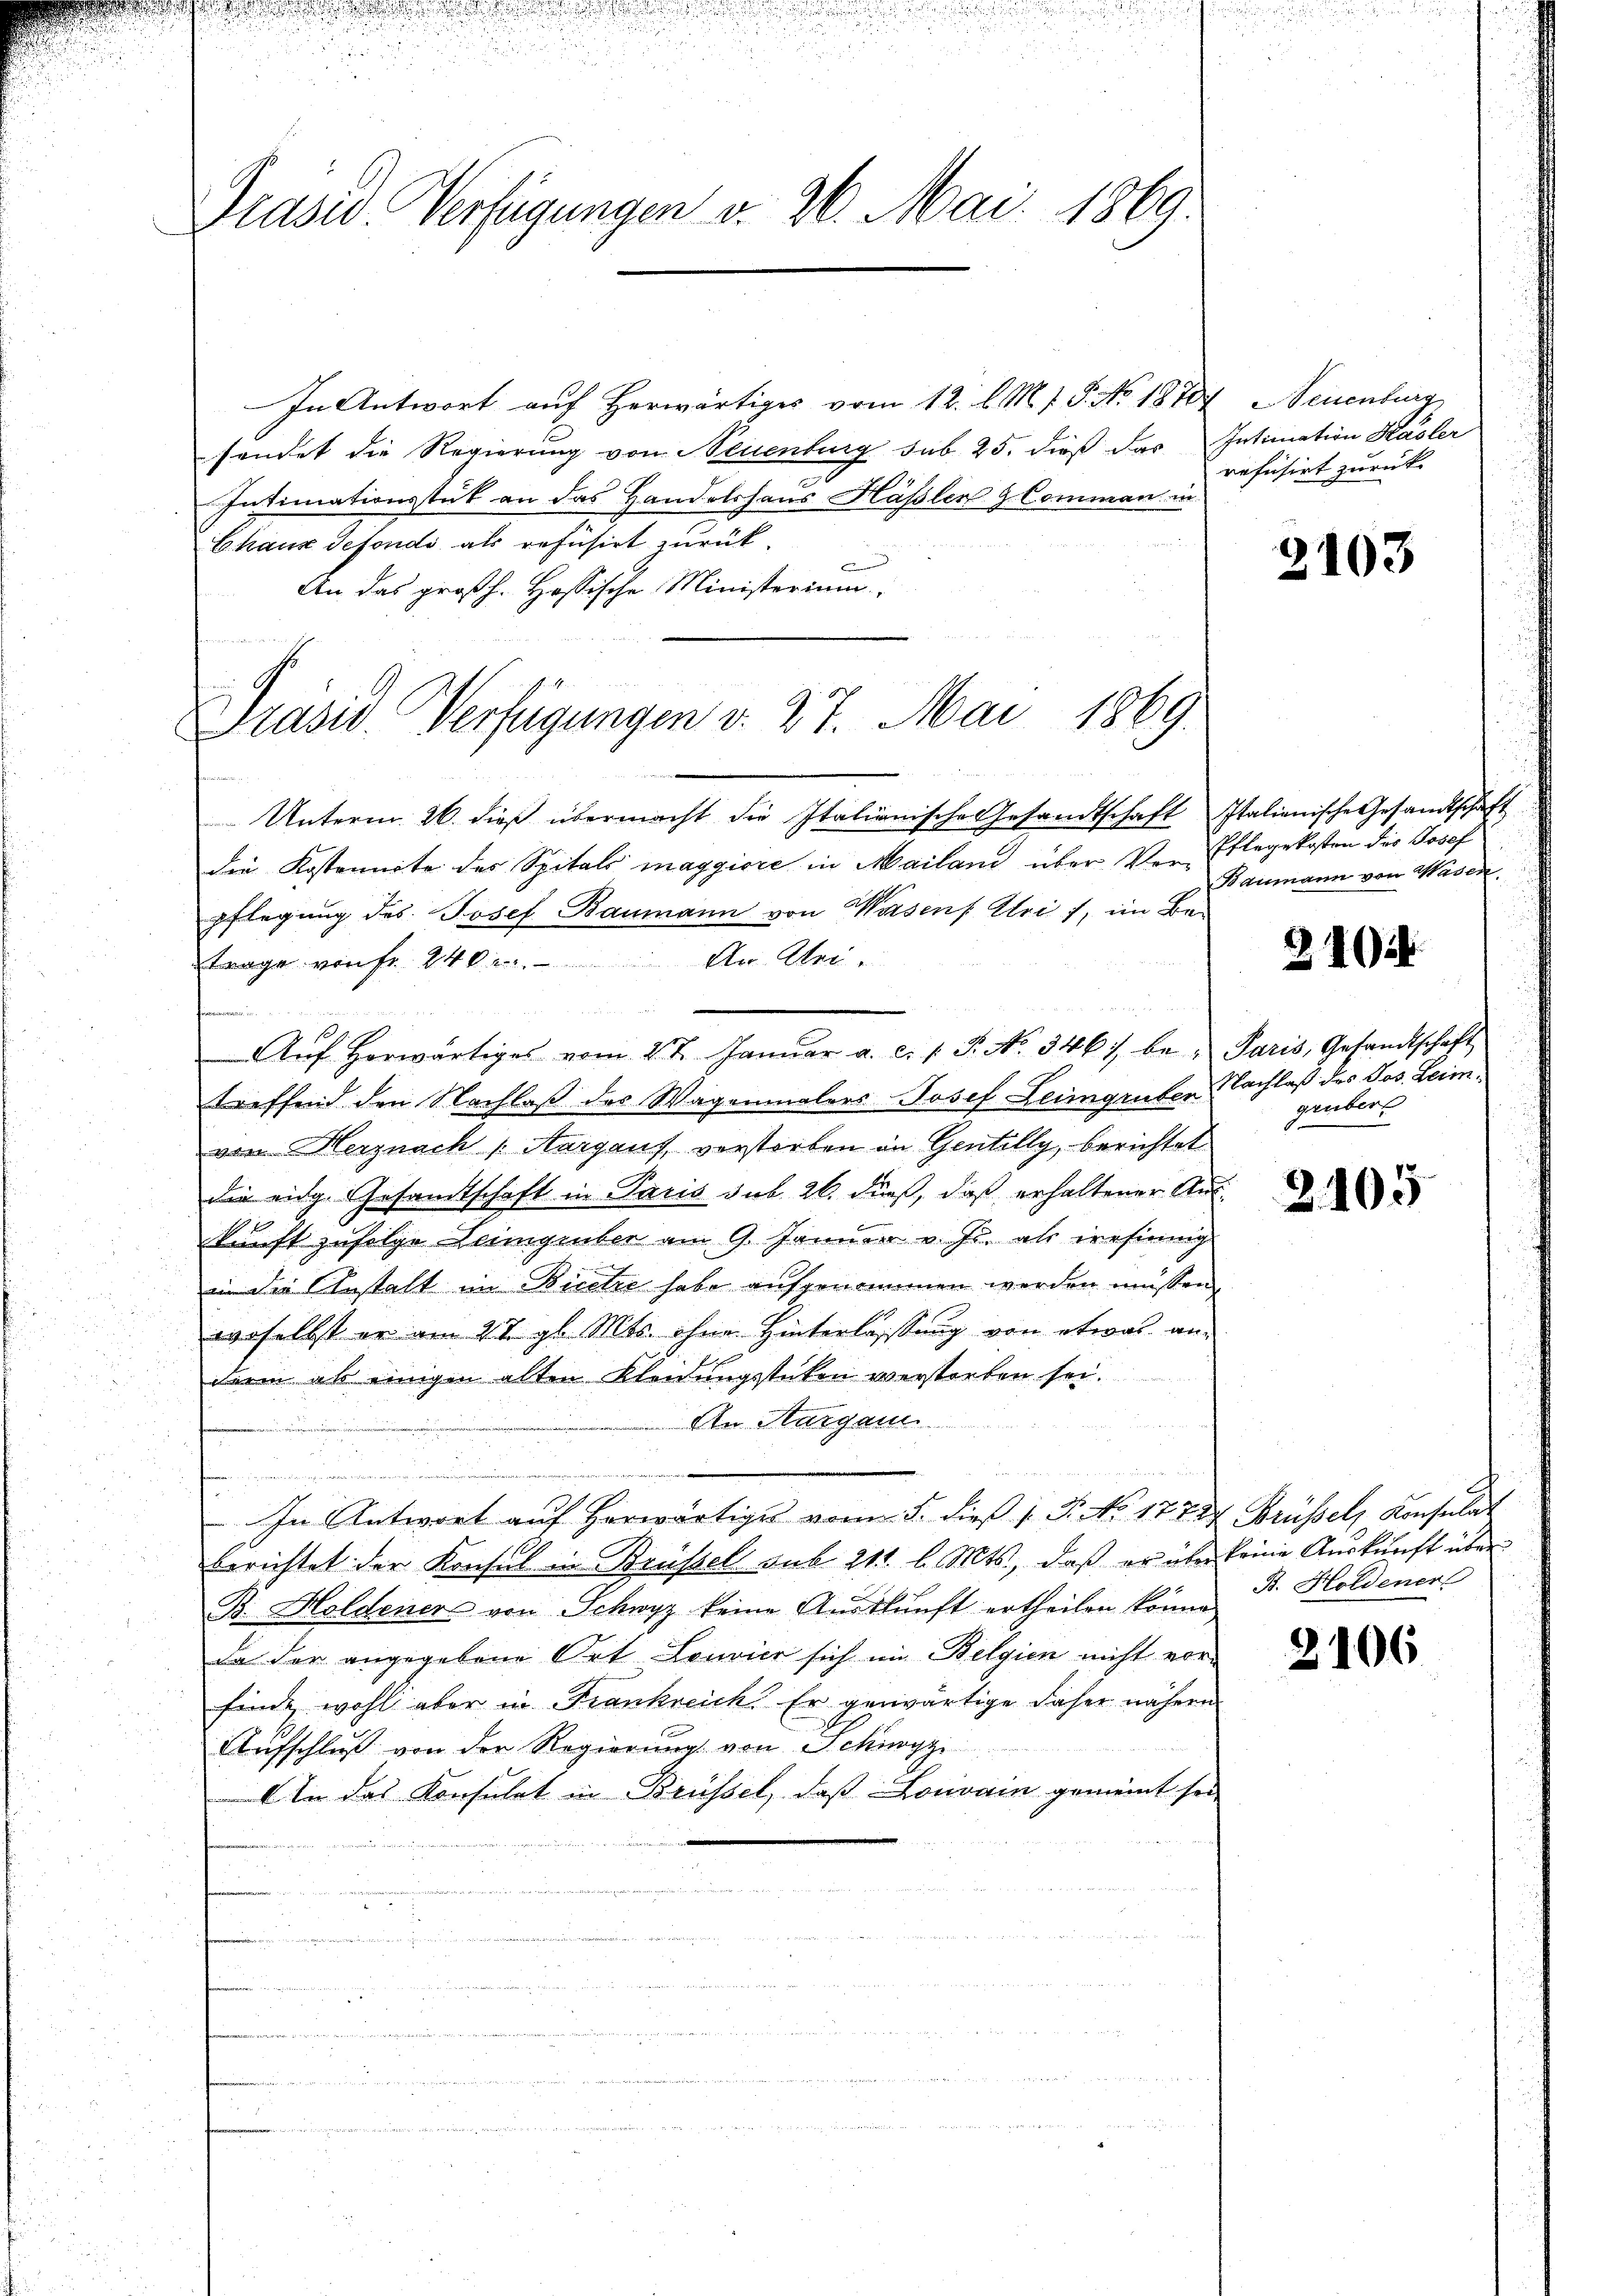
Präsid. Verfügungen v. 26. Mai 1869.

In Antwort auf herwärtiges vom 12. l. M. J. P. No 18704, Neuenburg
sendet die Regierung von Neuenburg sub 25. dieß das Intimation Kasler
Intimationsstück an das Handelshaus Hässler Comman in
Chaus defondi als refüsirt zurück.
An das großh. Hassische Ministerium
de

Präsid. Verfügungen v. 27. Mai 1869.

Unterm 26. dieß übermacht die Italiänische Gesandtschaft Italienische Gesandtschaft
die Kostennote des Spitals maggiore in Mailand über Verpflegung des Josef Baumann von Wassen Uri, im Be-
trage von fr. 240. An Mei¬

e
Aŭf Horwärtiges vom 27. Janŭar a. c. s. S. No. 346), be- Paris, Gesandtschaft
treffend den Nachlaß des Wagenmalers Josef Leimgruber Nachlaß des Jos. Leimvon Herznach Aargaus, verstorben in Gentilly, berichtet
die eidg. Gesamtschaft in Paris sub. 26. dieß, daß erhaltener Auskunft zufolge Leimgeber am 9. Jänner v. Js. als wesinnig
in die Gestalt im Biete habe aufgenommen werden müssen,
woselbst er am 27. gl. Mts. ohne Hinterlassung von etwas an-
derin als einigen alten Kleidungsstücken verstorben sei.
Aen Aargau
eschlie
e
In Antwort aŭf herwärtiges vom 5. dieβ s. S. No 17727 Brüssel, Konsulat
berichtet der Konsul in Brüssel sub 211 l. Mts., daß er über keine Auskunft über
B. Holdener von Schwyz keine Auskunft ertheilen könne.
da der angegebene Ort Louvier sich im Belgien nicht vorfinde, wohl aber in Frankreich. Er gewärtige daher nähern
Aufschluß von der Regierung von Schwyz
An das Konsulat in Brüssel, daß Lonvain gemeint sei

refüsirt zurück

2103

Pflegekosten des Josef
Baumann von Wasen.

212.

grubert

2105

B. Holdener

2106